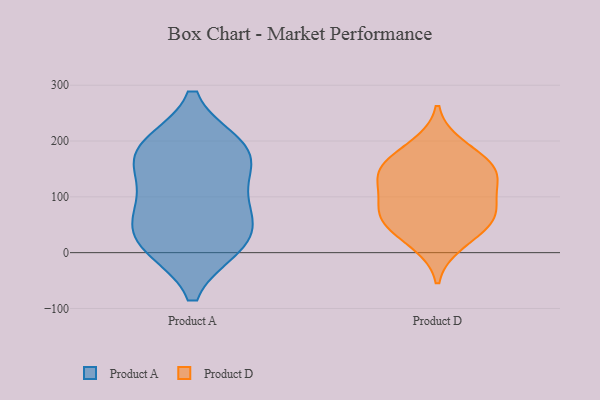
{"axis": {"x": "Headcount", "y": "Value"}, "legend": ["Product A", "Product D"], "data": [{"x": "", "y": 16, "type": "Product A"}, {"x": "", "y": 190, "type": "Product A"}, {"x": "", "y": 70, "type": "Product A"}, {"x": "", "y": 111, "type": "Product A"}, {"x": "", "y": 13, "type": "Product A"}, {"x": "", "y": 71, "type": "Product A"}, {"x": "", "y": 18, "type": "Product A"}, {"x": "", "y": 169, "type": "Product A"}, {"x": "", "y": 187, "type": "Product A"}, {"x": "", "y": 173, "type": "Product A"}, {"x": "", "y": 191, "type": "Product D"}, {"x": "", "y": 154, "type": "Product D"}, {"x": "", "y": 17, "type": "Product D"}, {"x": "", "y": 61, "type": "Product D"}, {"x": "", "y": 107, "type": "Product D"}, {"x": "", "y": 73, "type": "Product D"}, {"x": "", "y": 159, "type": "Product D"}, {"x": "", "y": 73, "type": "Product D"}, {"x": "", "y": 137, "type": "Product D"}, {"x": "", "y": 46, "type": "Product D"}, {"x": "", "y": 136, "type": "Product D"}]}